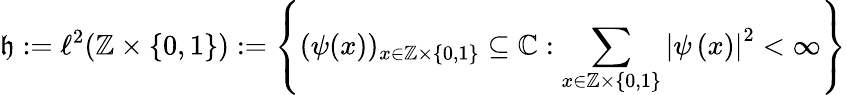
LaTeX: \mathfrak{h}:=\ell^{2}(\mathbb{Z}\times\{ 0,1\} ):=\left\{ (\psi(x))_{x\in\mathbb{Z}\times\{ 0,1\} }\subseteq\mathbb{C}:\sum_{x\in\mathbb{Z}\times\{ 0,1\} }\left\vert\psi\left(x\right)\right\vert^{2}<\infty\right\}